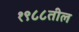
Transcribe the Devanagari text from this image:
१९८८तील